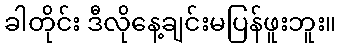
ခါတိုင်း ဒီလိုနေ့ချင်းမပြန်ဖူးဘူး။